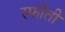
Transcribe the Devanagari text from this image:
स्फीती